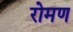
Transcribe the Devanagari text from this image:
रोमण